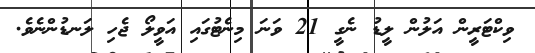
ވިކްޓަރީން އަލުން ލީޑު ނެގީ 21 ވަނަ މިނެޓުގައި އަވީލޯ ޖެހި ލަނޑުންނެވެ.